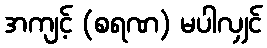
အကျင့် (စရဏ) မပါလျှင်